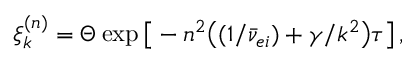
\begin{array} { r } { \xi _ { k } ^ { ( n ) } = \Theta \exp \big [ - n ^ { 2 } \big ( ( 1 / \bar { \nu } _ { e i } ) + \gamma / k ^ { 2 } \big ) \tau \big ] \, , } \end{array}